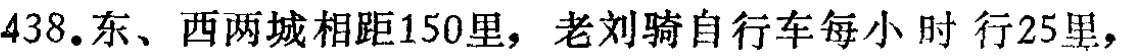
438.东、西两城相距150里，老刘骑自行车每小 时 行25里，